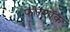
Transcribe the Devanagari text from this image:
फोरशॉक